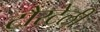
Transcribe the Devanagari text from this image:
टौरटेली